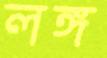
লঙ্গ